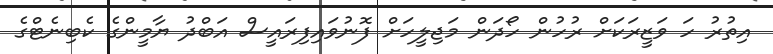
އިތުރު ހަ ވަޒީރަކަށް ރުހުން ހޯދަން މަޖިލީހަށް ފޮނުވައިފިރައީސް އަބްދު ޔާމީންގެ ކެބިނެޓްގެ